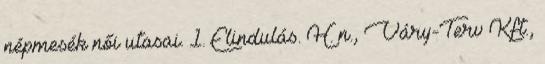
népmesék női utasai. 1. Elindulás. H. n., Váry-Terv Kft.,